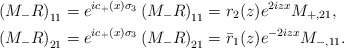
\begin{align*}&\left(M_{-} R\right)_{11}=e^{ic_+(x)\sigma_3}\left(M_{-} R\right)_{11}=r_2(z) e^{2 iz x} M_{+,21},\\&\left(M_- R\right)_{21}=e^{ic_+(x)\sigma_3}\left(M_{-} R\right)_{21}=\bar{r}_1(z) e^{-2iz x} M_{-,11}.\end{align*}